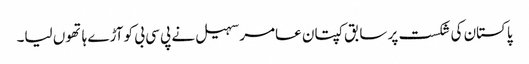
پاکستان کی شکست پر سابق کپتان عامر سہیل نے پی سی بی کو آڑے ہاتھوں لیا۔